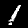
Label: 1